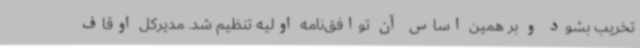
تخریب بشود و بر همین اساس آن توافق‌نامه اولیه تنظیم شد. مدیرکل اوقاف